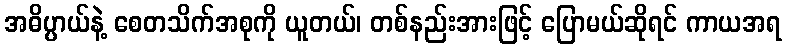
အဓိပ္ပာယ်နဲ့ စေတသိက်အစုကို ယူတယ်၊ တစ်နည်းအားဖြင့် ပြောမယ်ဆိုရင် ကာယအရ